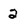
Character: 2